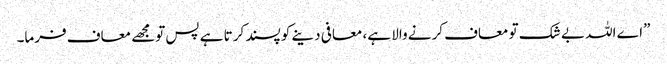
”اے اللہ بے شک تو معاف کرنے والا ہے، معافی دینے کو پسند کرتا ہے پس تومجھے معاف فرما۔